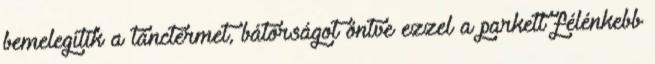
bemelegítik a tánctermet, bátorságot öntve ezzel a parkett félénkebb